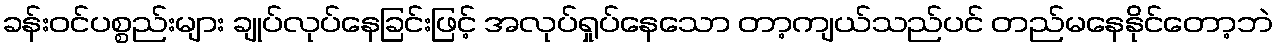
ခန်းဝင်ပစ္စည်းများ ချုပ်လုပ်နေခြင်းဖြင့် အလုပ်ရှုပ်နေသော တာ့ကျယ်သည်ပင် တည်မနေနိုင်တော့ဘဲ